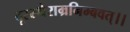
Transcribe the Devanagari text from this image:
दूरस्थैराम्रनिम्बवत्।।